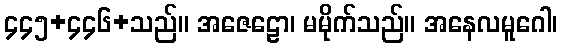
၄၄၅+၄၄၆+သည်။ အဇေဠော၊ မမိုက်သည်။ အနေလမူဂေါ၊